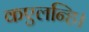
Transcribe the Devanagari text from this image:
कएलन्हि।